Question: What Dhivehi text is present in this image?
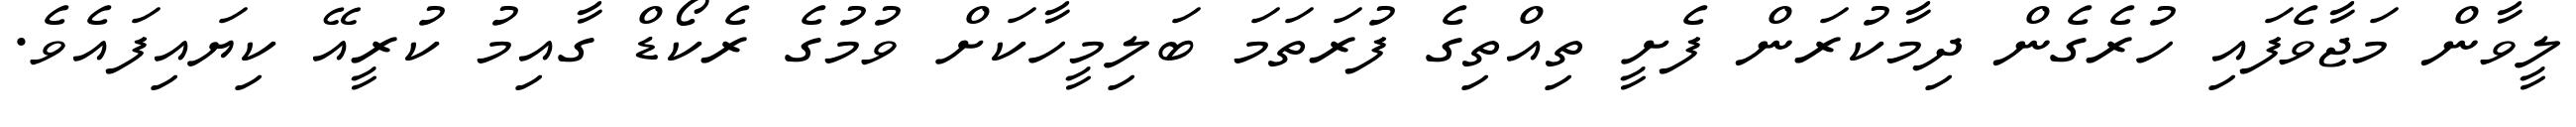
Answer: ލީވާން މަޖާވެފައި ހުރެގެން ދިމާކުރަން ފެށީ ތިއްތިގެ ފުރަތަމަ ބަލިމީހާކަށް ވުމުގެ ރެކޯޑް ގާއިމު ކުރީއޭ ކިޔައިފައެވެ.